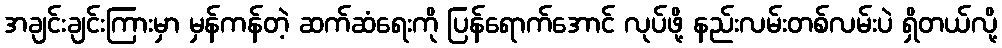
အချင်းချင်းကြားမှာ မှန်ကန်တဲ့ ဆက်ဆံရေးကို ပြန်ရောက်အောင် လုပ်ဖို့ နည်းလမ်းတစ်လမ်းပဲ ရှိတယ်လို့